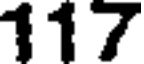
117